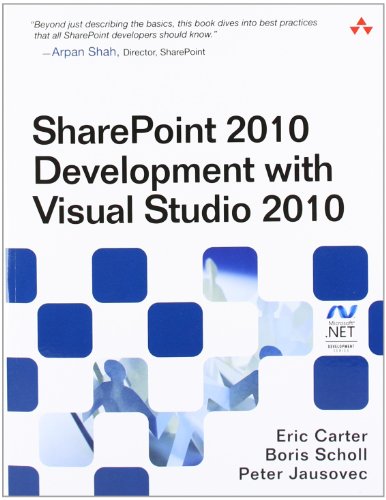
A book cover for SharePoint 2010 Development with Visual Studio 2010 (Microsoft Windows Development Series); Eric Carter; Computers & Technology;